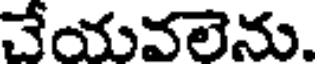
చేయవలెను.